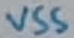
Text: VSS